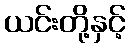
ယင်းတို့နှင့်